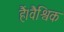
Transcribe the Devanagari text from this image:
हैं।वैश्विक